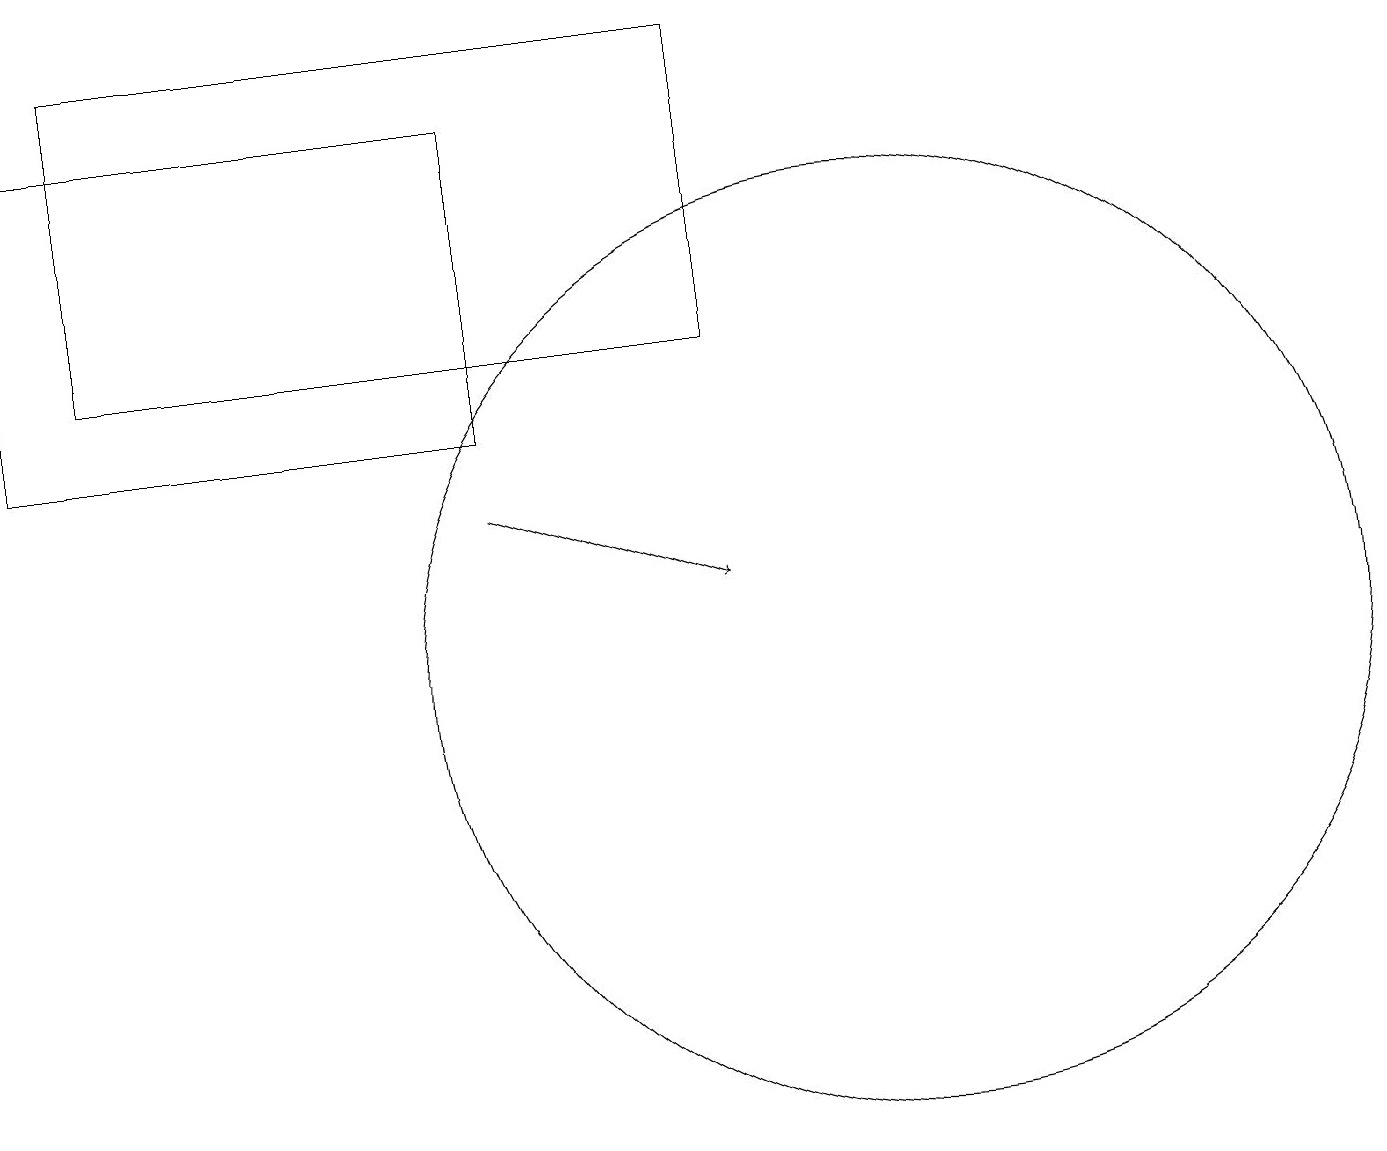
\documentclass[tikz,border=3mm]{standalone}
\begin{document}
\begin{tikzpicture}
\draw (1,18) rectangle (9,14);
\draw[->] (6,12) -- (9,11);
\draw (11,10) circle (6);
\draw (10,10) circle (0);
\draw (0,17) rectangle (6,13);
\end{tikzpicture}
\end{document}